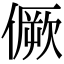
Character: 𠎮